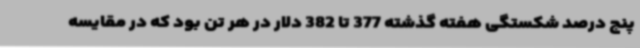
پنج درصد شکستگی هفته گذشته 377 تا 382 دلار در هر تن بود که در مقایسه